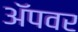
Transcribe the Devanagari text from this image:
अॅपवर